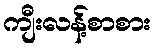
ကျီးလန့်စာစား